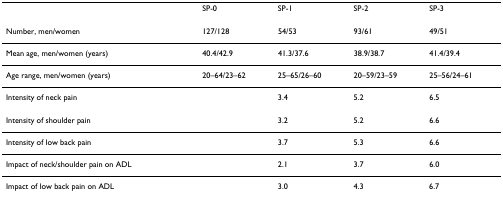
|  | SP-0 | SP-1 | SP-2 | SP-3 |
 | --- | --- | --- | --- | --- |
 | Number, men/women | 127/128 | 54/53 | 93/61 | 49/51 |
 | Mean age, men/women (years) | 40.4/42.9 | 41.3/37.6 | 38.9/38.7 | 41.4/39.4 |
 | Age range, men/women (years) | 20–64/23–62 | 25–65/26–60 | 20–59/23–59 | 25–56/24–61 |
 | Intensity of neck pain |  | 3.4 | 5.2 | 6.5 |
 | Intensity of shoulder pain |  | 3.2 | 5.2 | 6.6 |
 | Intensity of low back pain |  | 3.7 | 5.3 | 6.6 |
 | Impact of neck/shoulder pain on ADL |  | 2.1 | 3.7 | 6.0 |
 | Impact of low back pain on ADL |  | 3.0 | 4.3 | 6.7 |